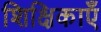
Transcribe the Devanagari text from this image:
शिक्षिकाएँ